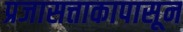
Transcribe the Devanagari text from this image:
प्रजासत्ताकापासून